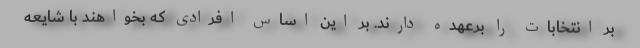
بر انتخابات را برعهده دارند. بر این اساس افرادی که بخواهند با شایعه